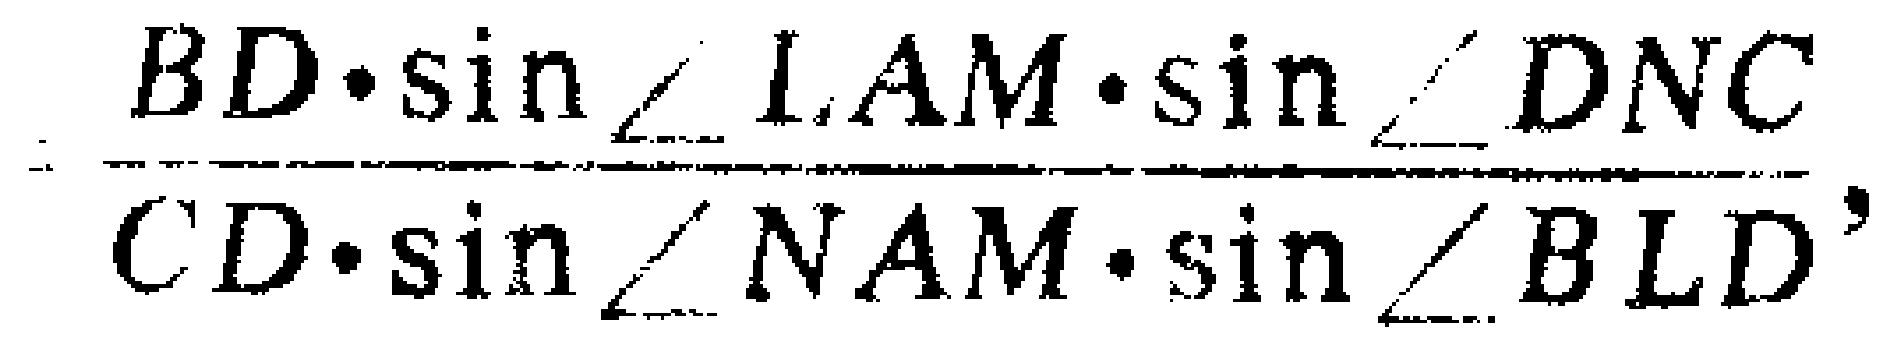
\(\frac{BD\cdot\sin\angle LAM\cdot\sin\angle DNC}{CD\cdot\sin\angle NAM\cdot\sin\angle BLD},\)